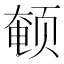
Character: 𬱨